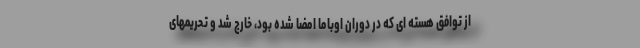
از توافق هسته ای که در دوران اوباما امضا شده بود، خارج شد و تحریمهای